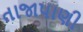
તાજાપાણી